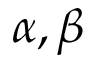
\alpha , \beta